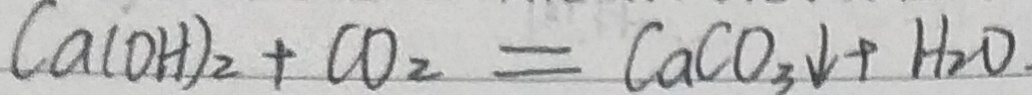
C a ( O H ) _ { 2 } + C O _ { 2 } = C a C O _ { 3 } \downarrow + H _ { 2 } O .